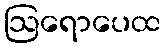
ဩရောပေထ